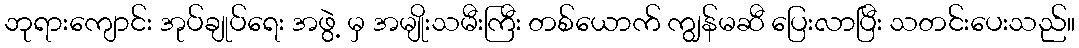
ဘုရားကျောင်း အုပ်ချုပ်ရေး အဖွဲ့ မှ အမျိုးသမီးကြီး တစ်ယောက် ကျွန်မဆီ ပြေးလာပြီး သတင်းပေးသည်။